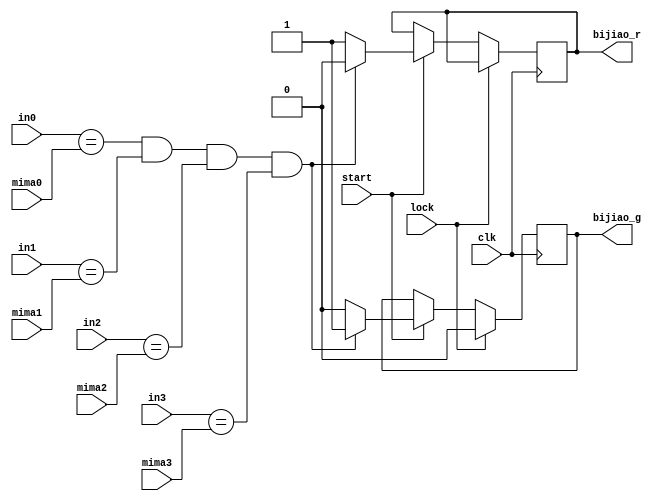
`timescale 1ns / 1ps
//////////////////////////////////////////////////////////////////////////////////
// Company: 
// Engineer: 
// 
// Design Name: 
// Module Name: bijiao
// Project Name: 
// Target Devices: 
// Tool Versions: 
// Description: 
// 
// Dependencies: 
// 
// Revision:
// Revision 0.01 - File Created
// Additional Comments:
// 
//////////////////////////////////////////////////////////////////////////////////

module bijiao(input [3:0] in0, in1, in2, in3, mima0, mima1, mima2, mima3,
               input start,lock,clk,
               output reg bijiao_r,
               output reg bijiao_g
);

initial
begin
    bijiao_g = 0;
    bijiao_r = 0;
end

always @(posedge clk)
begin
    
    if(lock) bijiao_g = 0; 
    else if(start)
    begin
        if(in0 == mima0 && in1 == mima1 && in2 == mima2 && in3 == mima3)
        begin
            bijiao_g = 1;
            bijiao_r = 0;
        end
        else
        begin
            bijiao_g = 0;
            bijiao_r = 1;
        end
    end
    
end
endmodule